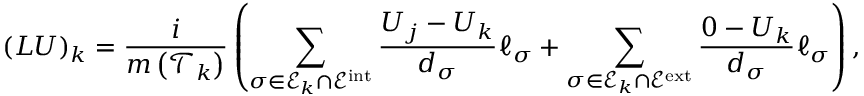
( L U ) _ { k } = \frac { i } { m \left( \mathcal T _ { k } \right) } \left( \sum _ { \sigma \in \mathcal E _ { k } \cap \mathcal E ^ { \mathrm { i n t } } } \frac { U _ { j } - U _ { k } } { d _ { \sigma } } \ell _ { \sigma } + \sum _ { \sigma \in \mathcal E _ { k } \cap \mathcal E ^ { \mathrm { e x t } } } \frac { 0 - U _ { k } } { d _ { \sigma } } \ell _ { \sigma } \right) ,